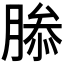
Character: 𮌤